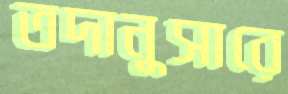
তদানুসারে